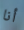
أنا